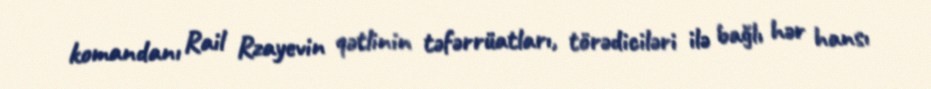
komandanı Rail Rzayevin qətlinin təfərrüatları, törədiciləri ilə bağlı hər hansı